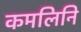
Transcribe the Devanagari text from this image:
कमलिनि